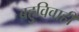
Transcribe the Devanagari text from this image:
बहुविवाही